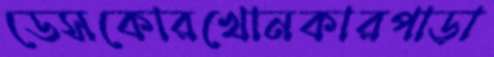
ডেসকোরখোনকারপাড়া